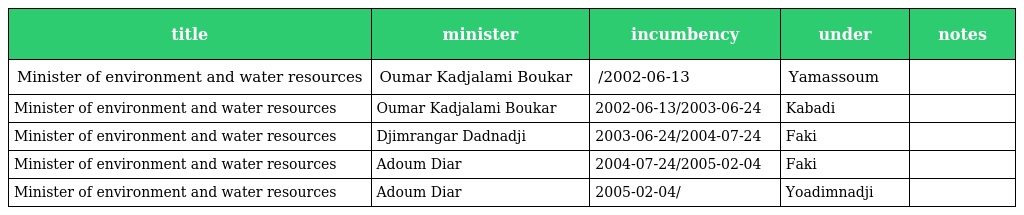
| title | minister | incumbency | under | notes |
 | --- | --- | --- | --- | --- |
 | Minister of environment and water resources | Oumar Kadjalami Boukar | /2002-06-13 | Yamassoum |  |
 | Minister of environment and water resources | Oumar Kadjalami Boukar | 2002-06-13/2003-06-24 | Kabadi |  |
 | Minister of environment and water resources | Djimrangar Dadnadji | 2003-06-24/2004-07-24 | Faki |  |
 | Minister of environment and water resources | Adoum Diar | 2004-07-24/2005-02-04 | Faki |  |
 | Minister of environment and water resources | Adoum Diar | 2005-02-04/ | Yoadimnadji |  |